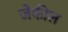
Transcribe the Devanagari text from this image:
जेकील